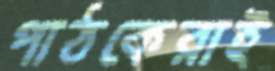
পাঠকেরাই